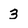
Character: 3